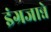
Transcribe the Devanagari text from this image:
इंग्रजान्ने